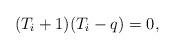
LaTeX: \begin{align*}(T_i+1)(T_i-q)=0,\end{align*}